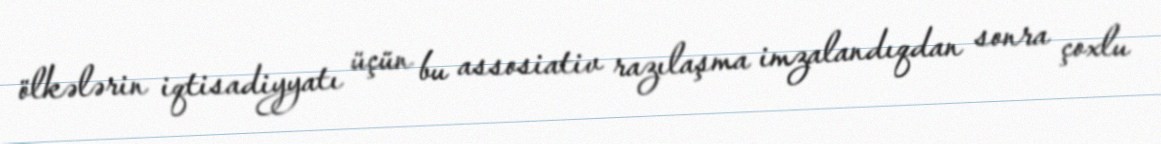
ölkələrin iqtisadiyyatı üçün bu assosiativ razılaşma imzalandıqdan sonra çoxlu